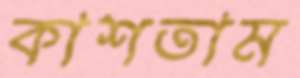
কাশতাম